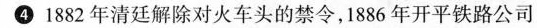
④1882年清廷解除对火车头的禁令，1886年开平铁路公司